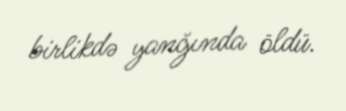
birlikdə yanğında öldü.